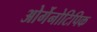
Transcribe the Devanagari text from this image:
ओर्गेनोटिपिक